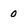
Character: 0